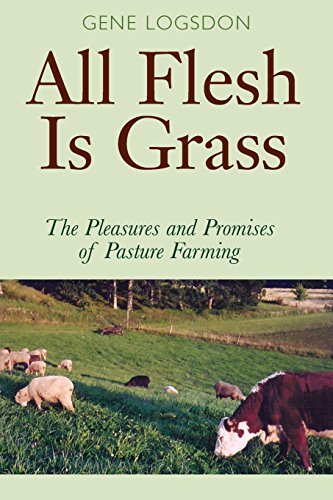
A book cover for All Flesh Is Grass: Pleasures & Promises Of Pasture Farming; Gene Logsdon; Crafts, Hobbies & Home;